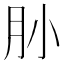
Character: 𰮃